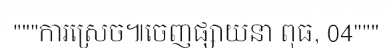
"""ការស្រេច៕ចេញផ្សាយនា ពុធ, 04"""